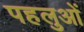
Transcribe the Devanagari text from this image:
पहलुआें